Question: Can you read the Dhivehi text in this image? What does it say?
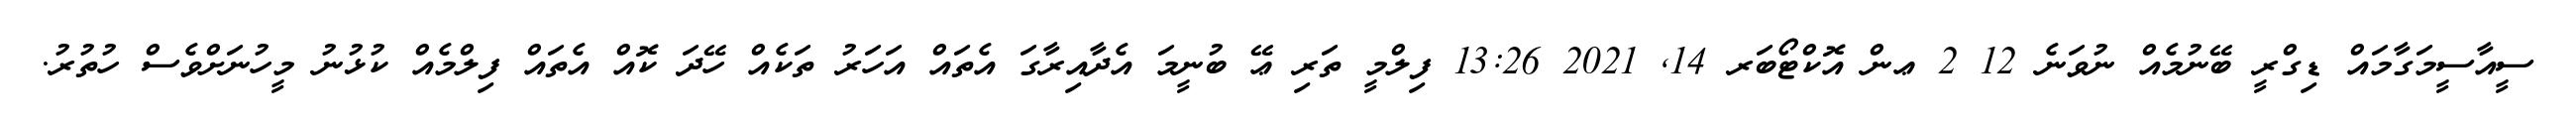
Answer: ސީއާސީމަގާމައް ޑިގްރީ ބޭނުމެއް ނުވަނެ 12 2 ޢން އޮކްޓޯބަރ 14, 2021 13:26 ފިލްމީ ތަރި ޢޭ ބުނީމަ އެދާއިރާގަ އެތައް އަހަރު ތަކެއް ހޭދަ ކޮއް އެތައް ފިލްމެއް ކުޅުނު މީހުނަށްވެސް ހުތުރު.